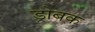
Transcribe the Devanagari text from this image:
ड्रोबक